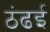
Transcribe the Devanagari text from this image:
ठंढई